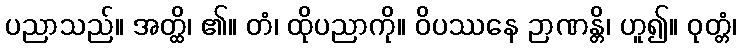
ပညာသည်။ အတ္ထိ၊ ၏။ တံ၊ ထိုပညာကို။ ဝိပဿနေ ဉာဏန္တိ၊ ဟူ၍။ ဝုတ္တံ၊